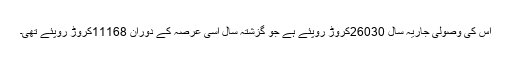
اس کی وصولی جاریہ سال 26030کروڑ روپئے ہے جو گزشتہ سال اسی عرصہ کے دوران 11168کروڑ روپئے تھی۔